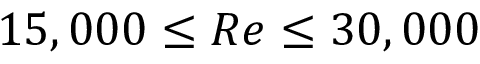
1 5 , 0 0 0 \leq R e \leq 3 0 , 0 0 0